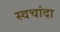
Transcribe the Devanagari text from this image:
स्वचांदा